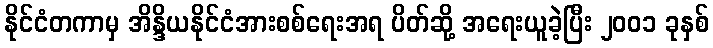
နိုင်ငံတကာမှ အိန္ဒိယနိုင်ငံအားစစ်ရေးအရ ပိတ်ဆို့ အရေးယူခဲ့ပြီး ၂၀၀၁ ခုနှစ်